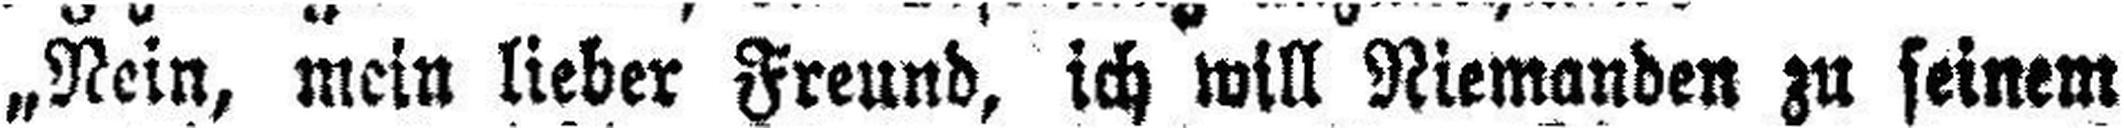
„Nein, mein lieber Freund, ich will Niemanden zu seinem